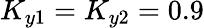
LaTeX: K_{y1}=K_{y2}=0.9